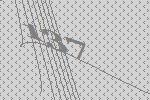
137